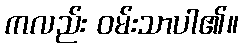
ကလည်း ဝမ်းသာပါ၏။